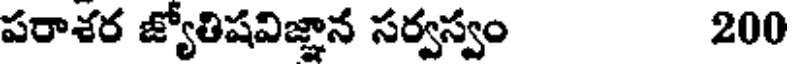
పరాశర జ్యోతిషవిజ్ఞాన సర్వస్వం 200